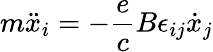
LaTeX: m\ddot{x}_{i}=-\frac{e}{c}B\epsilon_{ij}\dot{x}_{j}